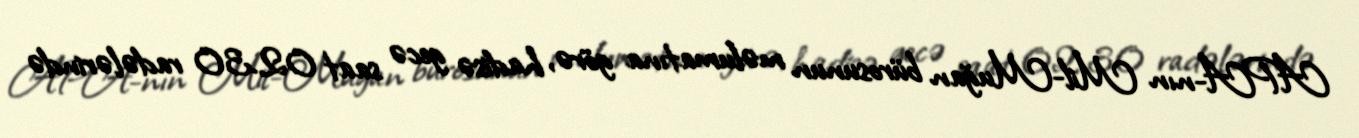
APA-nın Mil-Muğan bürosunun məlumatına görə, hadisə gecə saat 02.30 radələrində